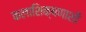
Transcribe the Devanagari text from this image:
कलाशिक्षणाशी